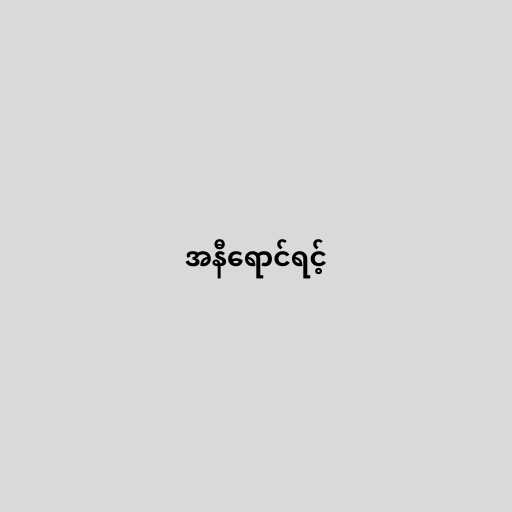
အနီရောင်ရင့်